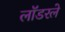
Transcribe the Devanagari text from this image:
लॉडरले